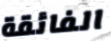
الفائقة